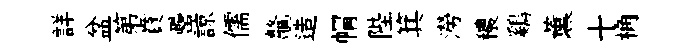
詳盆第賁罍諒儒鼇造㡌陛箕澇穠鷄薰十桷